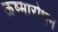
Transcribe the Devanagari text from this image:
ऊष्मारोधन